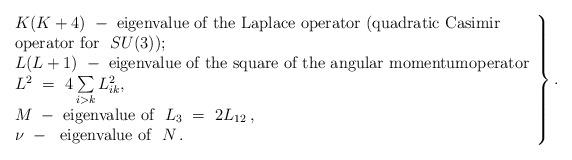
LaTeX: \begin{align*} \left. \begin{array}{l}K(K+4)~-~\mbox{eigenvalue of the Laplace operator (quadratic Casimir}\\\mbox{operator for }\ SU(3));\\L(L+1)~-~ \mbox{eigenvalue of the square of the angular momentumoperator}\\ L^2\ =\ 4\sum\limits_{i>k} L^2_{ik},\\M~-~ \mbox{eigenvalue of }\ L_3\ =\ 2L_{12}\,,\\\nu~-~\mbox{ eigenvalue of }\ N\,.\end{array} \right\}.\end{align*}